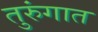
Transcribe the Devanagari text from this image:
तुरुंंगात